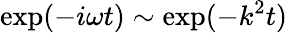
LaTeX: \mathrm{exp}(-i\omega t)\sim\mathrm{exp}(-k^{2}t)